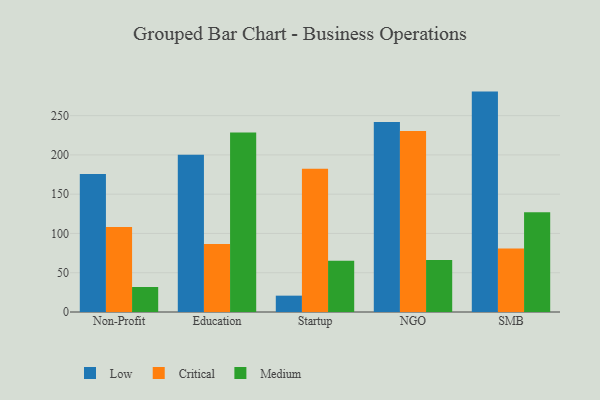
{"axis": {"x": "Segment", "y": "Market Share (%)"}, "legend": ["Critical", "Low", "Medium"], "data": [{"x": "Non-Profit", "y": 175.7, "type": "Low"}, {"x": "Non-Profit", "y": 108.2, "type": "Critical"}, {"x": "Non-Profit", "y": 31.8, "type": "Medium"}, {"x": "Education", "y": 200.1, "type": "Low"}, {"x": "Education", "y": 86.5, "type": "Critical"}, {"x": "Education", "y": 228.6, "type": "Medium"}, {"x": "Startup", "y": 20.8, "type": "Low"}, {"x": "Startup", "y": 182.3, "type": "Critical"}, {"x": "Startup", "y": 65.4, "type": "Medium"}, {"x": "NGO", "y": 241.8, "type": "Low"}, {"x": "NGO", "y": 230.3, "type": "Critical"}, {"x": "NGO", "y": 66.2, "type": "Medium"}, {"x": "SMB", "y": 280.6, "type": "Low"}, {"x": "SMB", "y": 81.0, "type": "Critical"}, {"x": "SMB", "y": 127.1, "type": "Medium"}]}